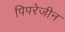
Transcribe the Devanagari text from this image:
पिपरेजीन